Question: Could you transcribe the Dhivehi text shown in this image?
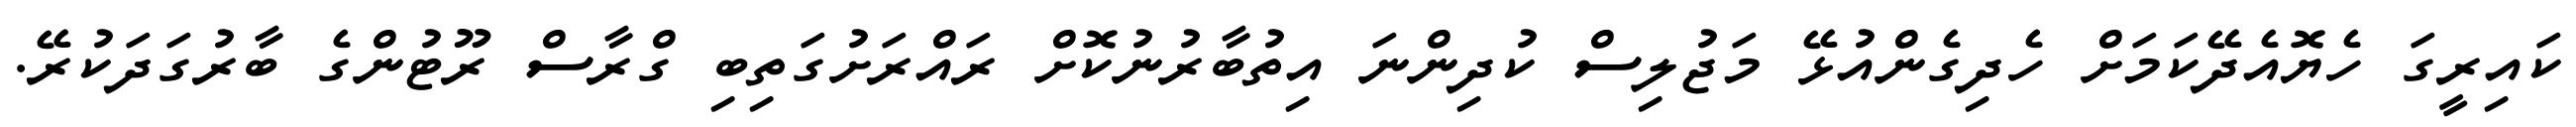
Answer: ކައިރީގަ ހެޔޮއެދޭކަމަށް ހެދިގެންއުޅޭ މަޖުލިސް ކުދިންނަ އިތުބާރުނުކޮށް ރައްރަށުގަތިބި ގްރާސް ރޫޓުންގެ ބާރުގަދަކުރޭ.